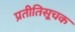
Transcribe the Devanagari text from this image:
प्रतीतिसूचक